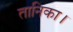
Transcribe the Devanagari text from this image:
तानिका।